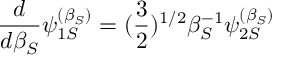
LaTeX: { \frac { d } { d \beta _ { S } } } \psi _ { 1 S } ^ { ( \beta _ { S } ) } = ( { \frac { 3 } { 2 } } ) ^ { 1 / 2 } \beta _ { S } ^ { - 1 } \psi _ { 2 S } ^ { ( \beta _ { S } ) }